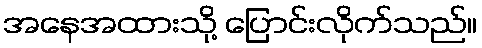
အနေအထားသို့ ပြောင်းလိုက်သည်။